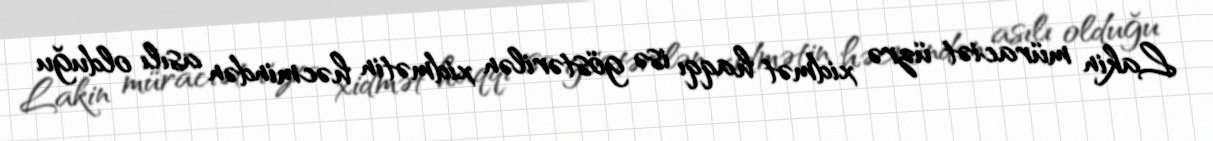
Lakin müraciət üzrə xidmət haqqı isə göstərilən xidmətin həcmindən asılı olduğu